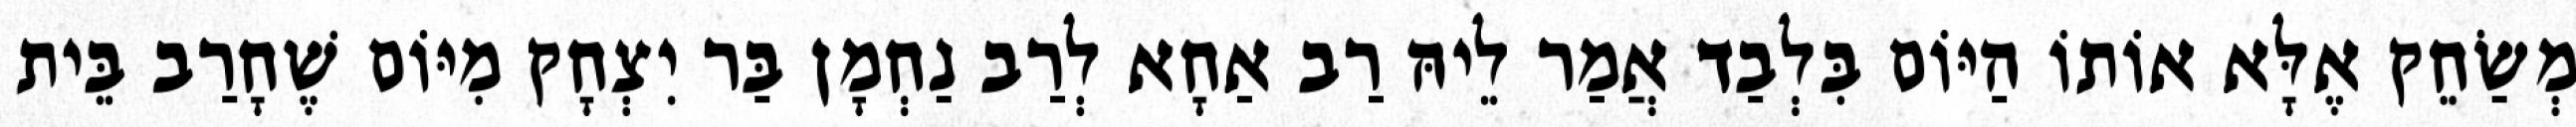
מְשַׂחֵק אֶלָּא אוֹתוֹ הַיּוֹם בִּלְבַד אֲמַר לֵיהּ רַב אַחָא לְרַב נַחְמָן בַּר יִצְחָק מִיּוֹם שֶׁחָרַב בֵּית